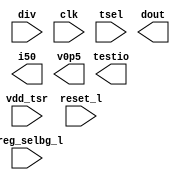
module bw_tsr (/*AUTOARG*/
	vdd_tsr,
	div,
	clk,
	reset_l,
	tsel,
   	dout,
   	testio,
	i50,
	v0p5,
	vreg_selbg_l);

	input  vdd_tsr;
	input  [9:1] div;
	input  clk;
	input  reset_l;
	input  [7:0] tsel;
	input  vreg_selbg_l;

   	output [7:0] dout;
   	output [1:0] testio;
	output [7:0] i50;
	output v0p5;

    //synopsys translate_off

//	  integer     	temperature;
//	  reg		dout;
//	  reg		testio;
//	  reg		i50;
//	  reg		v0p5
//   
//	  always @(clk)
//	  begin
//	    dout = 255*(125 - temperature)/100;
//	  end

    //synopsys translate_on

endmodule